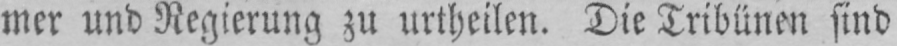
mer und Regierung zu urtheilen. Die Tribünen sind